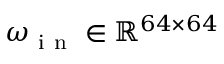
\omega _ { \mathrm { ~ i ~ n ~ } } \in \mathbb { R } ^ { 6 4 \times 6 4 }